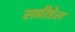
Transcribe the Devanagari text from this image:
सन्नीडेल